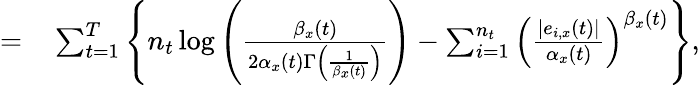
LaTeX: \begin{array}{rl}{=}&{{}\sum_{t=1}^{T}\left\{ n_{t}\log\left(\frac{\beta_{x}(t)}{2\alpha_{x}(t)\Gamma\left(\frac{1}{\beta_{x}(t)}\right)}\right)-\sum_{i=1}^{n_{t}}\left(\frac{|e_{i,x}(t)|}{\alpha_{x}(t)}\right)^{\beta_{x}(t)}\right\} ,}\end{array}